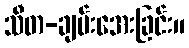
သီတ-ချမ်းအေးခြင်း။